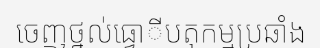
ចេញថ្នល់ធ្វោីបតុកម្មប្រឆាំង